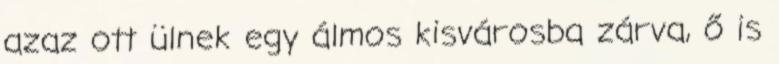
azaz ott ülnek egy álmos kisvárosba zárva, ő is